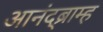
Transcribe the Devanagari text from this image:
आनंद्ब्राम्ह